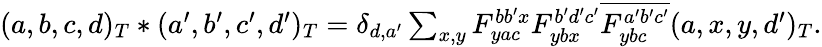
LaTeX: \begin{array}{r}{(a,b,c,d)_{T}\ast(a^{\prime},b^{\prime},c^{\prime},d^{\prime})_{T}=\delta_{d,a^{\prime}}\sum_{x,y}F_{yac}^{bb^{\prime}x}F_{ybx}^{b^{\prime}d^{\prime}c^{\prime}}\overline{{F_{ybc}^{a^{\prime}b^{\prime}c^{\prime}}}}(a,x,y,d^{\prime})_{T}.}\end{array}